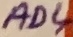
Text: AD4